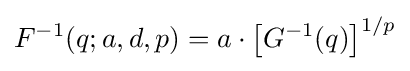
F^{-1}(q;a,d,p)=a\cdot {\big [}G^{-1}(q){\big ]}^{1/p}